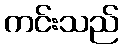
ကင်းသည်